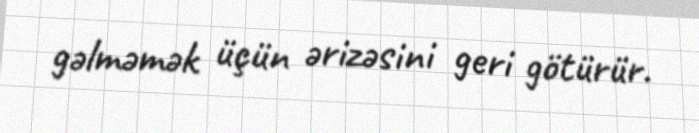
gəlməmək üçün ərizəsini geri götürür.